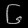
Digit: ၆